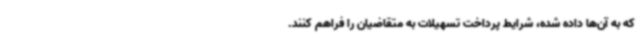
که به آن‌ها داده شده، شرایط پرداخت تسهیلات به متقاضیان را فراهم کنند.